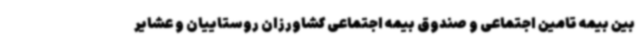
بین بیمه تامین اجتماعی و صندوق بیمه اجتماعی کشاورزان روستاییان و عشایر